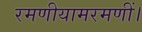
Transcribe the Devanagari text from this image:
रमणीयामरमणीं।